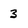
Character: 3